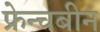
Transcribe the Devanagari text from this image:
फ्रेन्चबीन